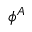
\phi ^ { A }